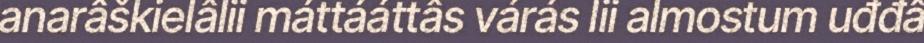
anarâškielâlii máttááttâs várás lii almostum uđđâ